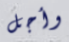
وأجل